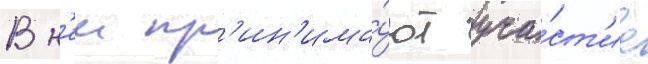
В н'еи пр'ин'има́ют уча́ст'ие